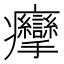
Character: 癴